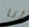
أنا